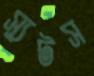
স্যুটস